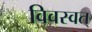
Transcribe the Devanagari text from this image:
विवस्वत्